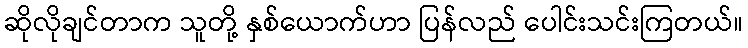
ဆိုလိုချင်တာက သူတို့ နှစ်ယောက်ဟာ ပြန်လည် ပေါင်းသင်းကြတယ်။